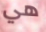
هي